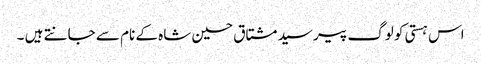
اس ہستی کو لوگ پیر سید مشتاق حسین شاہ کے نام سے جانتے ہیں ۔